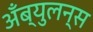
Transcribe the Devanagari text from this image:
अँब्युलन्स